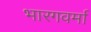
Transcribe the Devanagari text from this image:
भारगवर्मा